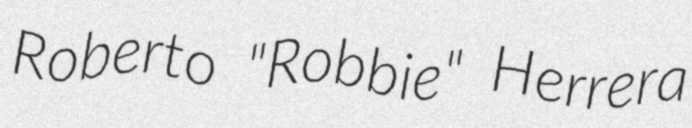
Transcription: Roberto "Robbie" Herrera